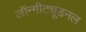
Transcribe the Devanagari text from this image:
लॉन्गीट्यूडनल